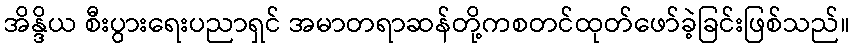
အိန္ဒိယ စီးပွားရေးပညာရှင် အမာတရာဆန်တို့ကစတင်ထုတ်ဖော်ခဲ့ခြင်းဖြစ်သည်။